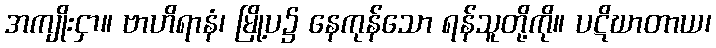
အကျိုးငှာ။ ဗာဟိရာနံ၊ မြို့ပ၌ နေကုန်သော ရန်သူတို့ကို။ ပဋိဃာတာယ၊